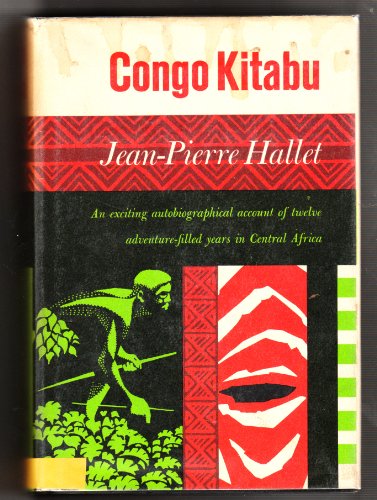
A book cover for Congo Kitabu; Jean-Pierre Hallet; Travel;